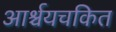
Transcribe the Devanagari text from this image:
आर्श्चयचकित